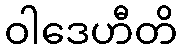
ဝါဒေဟီတိ